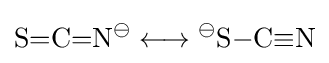
{\mathrm {S} {=}\mathrm {C} {=}\mathrm {N} {\vphantom {A}}^{\ominus }{}\mathrel {\longleftrightarrow } {}{\mathrm {^{\ominus }S} }{-}\mathrm {C} }{{\equiv }\mathrm {N} }